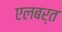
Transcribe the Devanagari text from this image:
एलबर्त